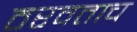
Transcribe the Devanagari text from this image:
ठरवताच